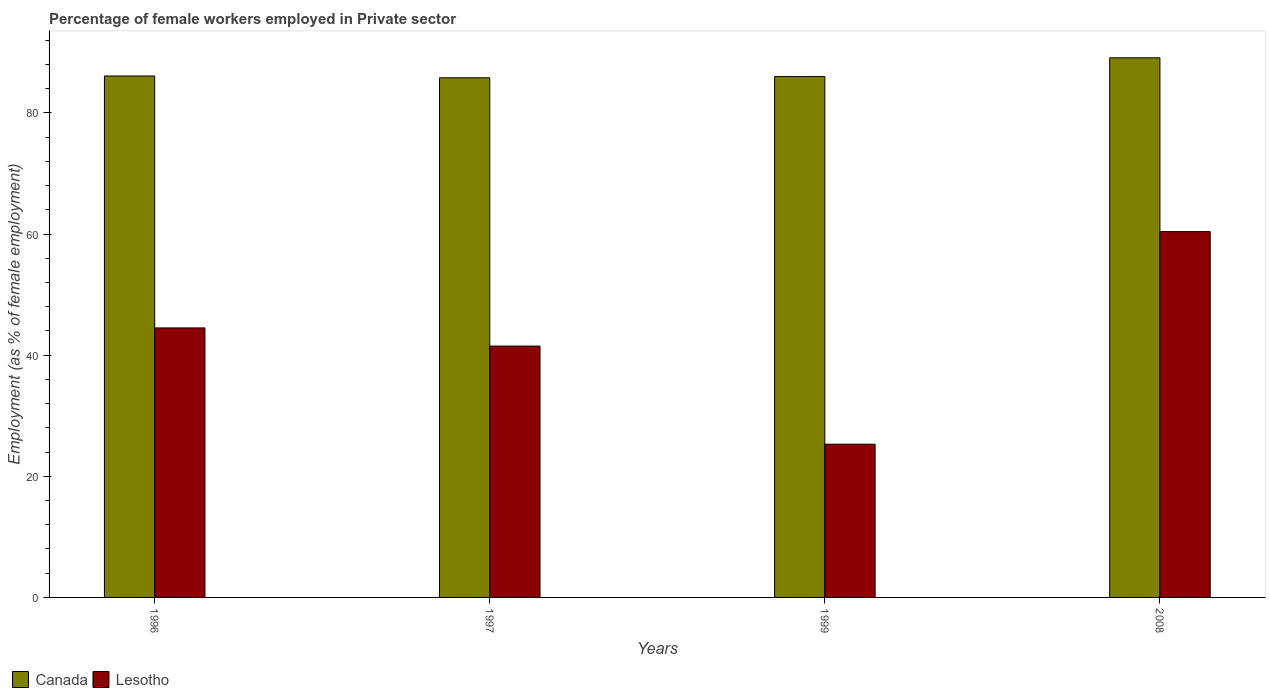
| Years | Canada | Lesotho |
 | --- | --- | --- |
 | 1996 | 86.1 | 44.5 |
 | 1997 | 85.8 | 41.5 |
 | 1999 | 86 | 25.3 |
 | 2008 | 89.1 | 60.4 |